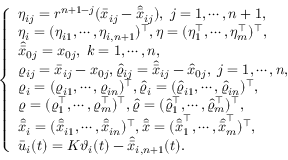
\left\{ \begin{array} { l l } { \eta _ { i j } = r ^ { n + 1 - j } ( \bar { x } _ { i j } - \hat { \bar { x } } _ { i j } ) , \; j = 1 , \cdots , n + 1 , } \\ { \eta _ { i } = ( \eta _ { i 1 } , \cdots , \eta _ { i , n + 1 } ) ^ { \top } , \eta = ( \eta _ { 1 } ^ { \top } , \cdots , \eta _ { m } ^ { \top } ) ^ { \top } , } \\ { \hat { \bar { x } } _ { 0 j } = x _ { 0 j } , \; k = 1 , \cdots , n , } \\ { \varrho _ { i j } = \bar { x } _ { i j } - x _ { 0 j } , \hat { \varrho } _ { i j } = \hat { \bar { x } } _ { i j } - \hat { x } _ { 0 j } , \; j = 1 , \cdots , n , } \\ { \varrho _ { i } = ( \varrho _ { i 1 } , \cdots , \varrho _ { i n } ) ^ { \top } , \hat { \varrho } _ { i } = ( \hat { \varrho } _ { i 1 } , \cdots , \hat { \varrho } _ { i n } ) ^ { \top } , } \\ { \varrho = ( \varrho _ { 1 } ^ { \top } , \cdots , \varrho _ { m } ^ { \top } ) ^ { \top } , \hat { \varrho } = ( \hat { \varrho } _ { 1 } ^ { \top } , \cdots , \hat { \varrho } _ { m } ^ { \top } ) ^ { \top } , } \\ { \hat { \bar { x } } _ { i } = ( \hat { \bar { x } } _ { i 1 } , \cdots , \hat { \bar { x } } _ { i n } ) ^ { \top } , \hat { \bar { x } } = ( \hat { \bar { x } } _ { 1 } ^ { \top } , \cdots , \hat { \bar { x } } _ { m } ^ { \top } ) ^ { \top } , } \\ { \bar { u } _ { i } ( t ) = K \mathfrak { \vartheta } _ { i } ( t ) - \hat { \bar { x } } _ { i , n + 1 } ( t ) . } \end{array} \right.